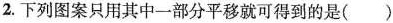
2.下列图案只用其中一部分平移就可得到的是()